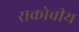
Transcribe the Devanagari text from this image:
राकोवीय